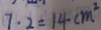
7 \cdot 2 = 1 4 c m ^ { 2 }